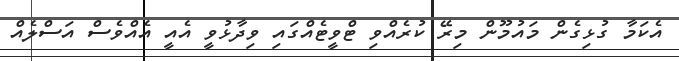
އެކަމާ ގުޅިގެން މައުމޫން މިރޭ ކުރެއްވި ޓްވީޓެއްގައި ވިދާޅުވީ އެއީ އެއްވެސް އަސްލެއް